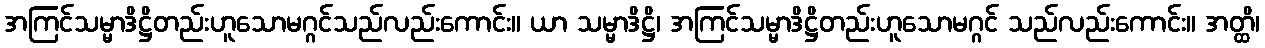
အကြင်သမ္မာဒိဋ္ဌိတည်းဟူသောမဂ္ဂင်သည်လည်းကောင်း။ ယာ သမ္မာဒိဋ္ဌိ၊ အကြင်သမ္မာဒိဋ္ဌိတည်းဟူသောမဂ္ဂင် သည်လည်းကောင်း။ အတ္ထိ၊